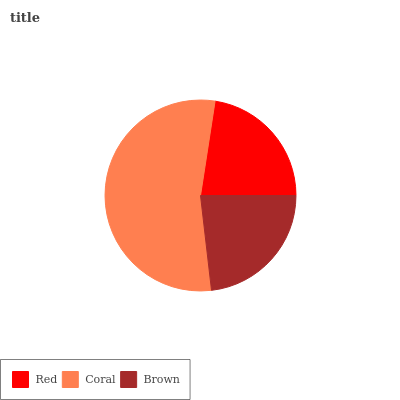
| Red | Coral | Brown |
 | --- | --- | --- |
 | 22.6% | 54.2% | 23.2% |